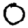
Digit: 0